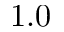
1 . 0